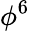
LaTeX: \phi^{6}